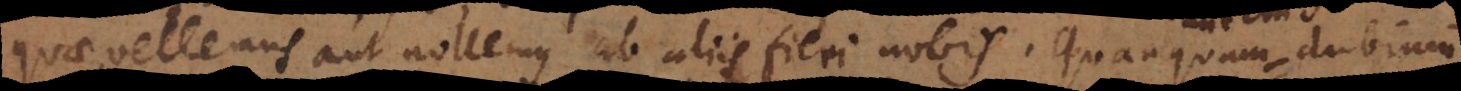
quae vellemus aut nollemus ab aliis fieri nobis. Quanquam aut